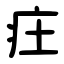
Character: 㽵